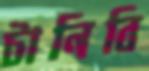
টানিবি